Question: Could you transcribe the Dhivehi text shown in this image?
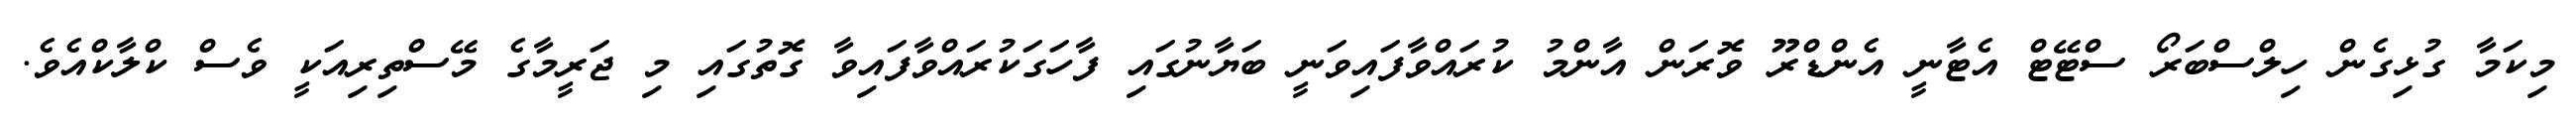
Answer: މިކަމާ ގުޅިގެން ހިލްސްބަރޯ ސްޓޭޓް އެޓާނީ އެންޑްރޫ ވޮރަން އާންމު ކުރައްވާފައިވަނީ ބަޔާނުގައި ފާހަގަކުރައްވާފައިވާ ގޮތުގައި މި ޖަރީމާގެ މޭސްތިރިއަކީ ވެސް ކްލާކްއެވެ.